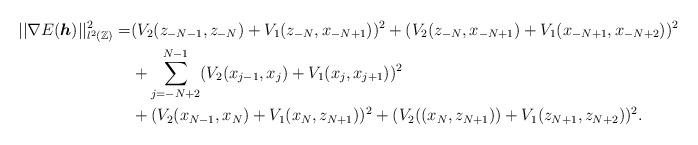
LaTeX: \begin{align*}|| \nabla E(\boldsymbol{h}) ||^2_{l^2(\mathbb{Z})} =& (V_2(z_{-N-1},z_{-N})+V_1(z_{-N},x_{-N+1}))^2 + (V_2(z_{-N},x_{-N+1})+V_1(x_{-N+1},x_{-N+2}))^2 \\& + \sum_{j =-N+2}^{N-1} (V_2(x_{j-1},x_j)+V_1(x_j,x_{j+1}))^2 \\& + (V_2(x_{N-1},x_N)+V_1(x_N,z_{N+1}))^2 + (V_2((x_N,z_{N+1}))+V_1(z_{N+1},z_{N+2}))^2.\end{align*}